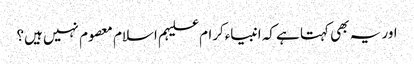
اور یہ بھی کہتا ہے کہ انبیاءکرام علیہم اسلام معصوم نہیں ہیں؟